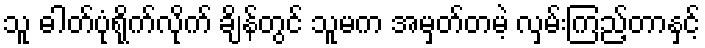
သူ ဓါတ်ပုံရိုက်လိုက် ချိန်တွင် သူမက အမှတ်တမဲ့ လှမ်းကြည့်တာနှင့်